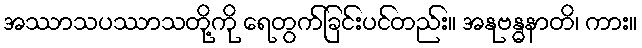
အဿာသပဿာသတို့ကို ရေတွက်ခြင်းပင်တည်း။ အနုဗန္ဓနာတိ၊ ကား။